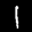
Label: 1